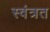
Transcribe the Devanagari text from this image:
स्वंत्रत